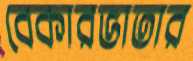
বেকারভাতার